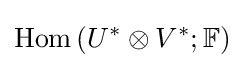
\operatorname {Hom} \left(U^{*}\otimes V^{*};\mathbb {F} \right)